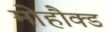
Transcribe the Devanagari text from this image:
मोहौक्ड